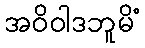
အဝိဝါဒဘူမိံ